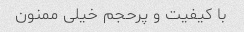
با کیفیت و پرحجم خیلی ممنون